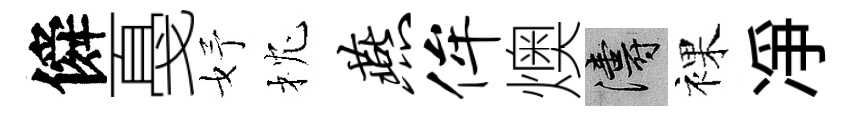
僢戞妤枕燕侔燠濤裸凈